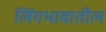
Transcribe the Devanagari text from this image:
लिंगभावातील